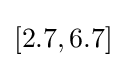
[2.7,6.7]